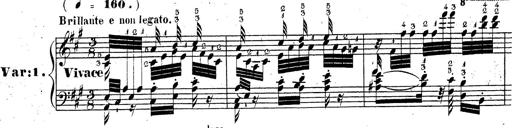
Title: Grande fantaisie sur la tyrolienne de l'opÃ©ra
Composer: Franz Liszt
Key: A major